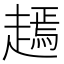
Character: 𧽞